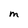
Character: M